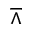
\barwedge